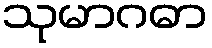
သုမာဂဓာ